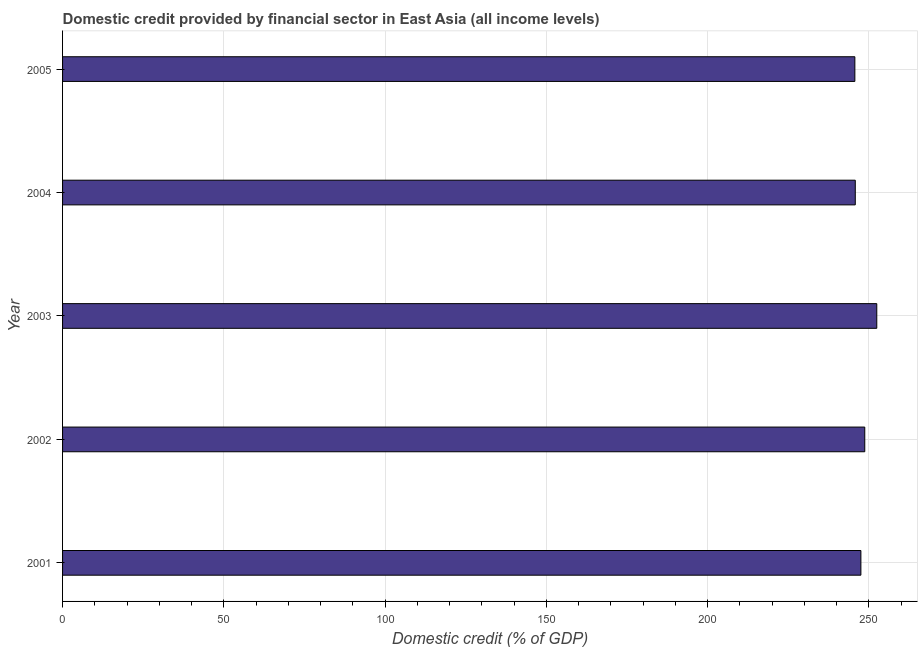
| Year | Domestic credit provided by financial sector |
 | --- | --- |
 | 2001 | 248 |
 | 2002 | 249 |
 | 2003 | 252 |
 | 2004 | 246 |
 | 2005 | 246 |